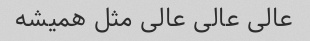
عالی عالی عالی مثل همیشه